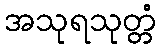
အသုရသုတ္တံ